Civil Veterinary Department. United Provinces 1923-31 - 1923-1931
Year: 1923
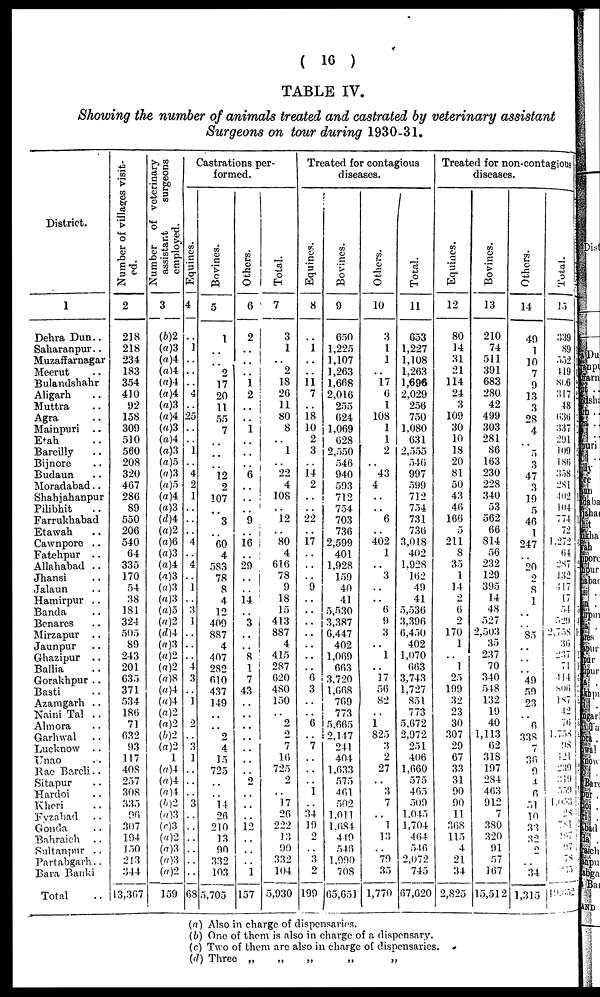
( 16 )
TABLE IV.
Showing the number of animals treated and castrated by veterinary assistant
Surgeons on tour during 1930-31.
District.
1
Dehra Dun..
Saharanpur..
Muzaffarnagar
Meerut ..
Bulandshahr
Aligarh ..
Muttra ..
Agra ..
Mainpuri
..
Etah ..
Bareilly ..
Bijnore ..
Budaun ..
Moradabad.. ..
Shahjahanpur
Pilibhit ..
Farrukhabad
Etawah ..
Cawnpore ..
Fatehpur
..
Allahabad ..
Jhansi ..
Jalaun ..
Hamirpur ..
Banda ..
Benares ..
Mirzapur
..
Jaunpur ..
Ghazipur
..
Ballia ..
Gorakhpur ..
Basti ..
Azamgarh ..
Naini Tal ..
Almora ..
Garhwal ..
Lucknow
..
Unao ..
Rac Bareli ..
Sitapur ..
Hardoi ..
Kheri ..
Fyzabad ..
Gonda ..
Bahraich
..
Sultanpur ..
Partabgarh..
Bara Banki
Total ..
Number of villages visit
ed.
2
218
218
234
183
354
410
92
158
309
510
560
208
320
467
286
89
550
206
540
64
335
170
54
38
181
324
505
89
243
201
635
371
534
186
71
632
93
117
408
257
308
335
96
307
194
150
213
344
13,367
Number
of veterinary
assistant
surgeons
employed.
3
(6)2
(a)3
(a)4
(a)4
(a)4
(a)4
(a)3
(a)4
(a)3
(a)4
(a)3
(a)5
(a)3
(a)5
(a)4
(a)3
(d)4
(a)2
(a)6
(a)3
(a)4
(α)3
(a)3
(a)3
(a)5
(a)2
(d)4
(a)3
(a)2
(a)2
(a)8
(a)4
(a)4
(a)2
(a)2
(b)2
(a)2
1
(a)4
(a)4
(a)4
(b)2
(a)3
(c)3
(a)2
(a)3
(a)3
(a)2
159
Castrations per
formed.
Equines.
4
..
1
..
..
..
4
..
25
..
..
1
..
4
2
1
..
..
..
4
..
4
..
1
..
3
1
..
..
..
4
3
..
1
.. 2
..
3
1
..
..
..
3
..
..
..
..
..
..
68
Bovines.
5
1
..
..
2
17
20
11
55
7
..
..
..
12
2
107
..
3
..
60
4
583
78
8
4
12
409
887
4
407
282
610
437
149
..
..
2
4
15
725
..
..
14
26
210
13
90
332
103
5,705
Others.
6
2
..
..
..
1
2
..
..
1
..
. .
..
6
..
..
..
9
..
16
..
29
..
..
14
..
3
..
..
8
1
7
43
..
..
..
..
..
..
..
2
..
..
..
12
..
..
..
1
157
Total.
7
3
1
..
2
18
26
11
80
8
..
1
..
22
4
108
..
12
..
80
4
616
78
9
18
15
413
887
4
415
287
620
480
150
.. 2
2
7
16
725
2
..
17
26
222
13
90
332
104
5,930
Treated for contagious
diseases.
Equines.
8
..
1
..
..
11 7
..
18 10
2
3
..
14 2
..
..
22
..
17
..
..
..
9
..
..
..
..
..
..
..
6
3
..
.. 6
..
7
..
..
..
1
..
34
19
2
..
3
2
199
Bovines.
9
650
1,225
1,107
1,263
1,668
2,016
255
624
1,069
628
2,550
546
940
593
712
754
703
736
2,599
401
1,928
159
40
41
5,530
3,387
6,447
402
1,069
663
3,720
1,668
769
773
5.665
2,147
241
404
1,633
575
461
502
1,011
1,684
449
546
1,990
708
65,651
Others.
10
3
1
1
..
17
6
1
108
1
1
2
..
43
4
..
..
6
..
402
1
..
3
..
..
6
9
3
..
1
..
17
56
82
1
825
3
2
27
..
3
7
..
1
13
..
79
35
1,770
Total.
11
653
1,227
1,108
1,263
1,696
2,029
256
750
1,080
631
2,555
546
997
599
712
754
731
736
3,018
402
1.928
162
49
41
5,536
3,396
6,450
402
1,070
663
3,743
1,727
851
773
5,672
2,972
251
406
1,660
575
465
509
1,045
1,704
464
546
2,072
745
67,620
Treated for non-contagions
diseases.
Equines.
12
80
14
31
21
114
24
3
109
30
10
18
20
81
50
43
46
166
5
211
8
35
1
14
2
6
2
170
1
..
1
25
199
32
23
30
307
29
67
33
31
90
90
11
368
115
4
21
34
2,825
Bovines.
13
210
74
511
391
683
280
42
499
303
281
86
163
230
228
340
53
562
66
814
56
232
129
395
14
48
527
2,503
35
237
70
340
548
132
19
40
1,113
62
318
197
284
463
912
7
380
320
91
57
167
15,512
Others.
14
49
1
10
7
9
13
3
28
4
..
5
3
47
3
19
5
46
1
247
20
2
8
1
..
..
85
..
..
..
49
59
23
..
6
338
7
36
9
4
6
51
10
33
32
2
..
34
1,315
Total.
15
339
89
5.12
119
806
317
48
636
337
291
109
186
358
281
402
104
774
72
1.272
64
287
132
417
[7
54
329
2,738
36
237
71
414
806
187
42
76
1,738
98
12l
239
319
339
1,033
28
781
167
96
78
315
19,632
(a) Also in charge of dispensaries.
(b) One of them is also in charge of a dispensary.
(c) Two of them arc also in charge of dispensaries.
(d) Three „
„
„
„
„